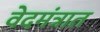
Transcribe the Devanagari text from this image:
वेदमंत्रात